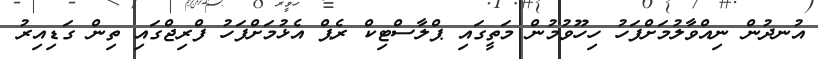
އުނދުން ނިއްވާލުމަށްފަހު ހިހޫވުމުން މަތީގައި ޕްލާސްޓިކް ރެޕް އެޅުމަށްފަހު ފްރިޖްގައި ތިން ގަޑިއިރު